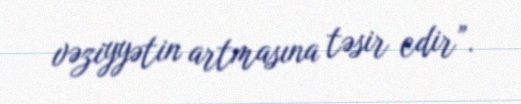
vəziyyətin artmasına təsir edir”.